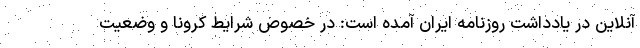
آنلاین در یادداشت روزنامه ایران آمده است: در ‌خصوص شرایط کرونا و وضعیت